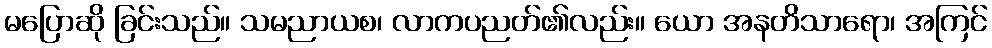
မပြောဆို ခြင်းသည်။ သမညာယစ၊ လာကပညတ်၏လည်း။ ယော အနတိသာရော၊ အကြင်